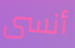
أنسى